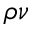
\rho { \nu }